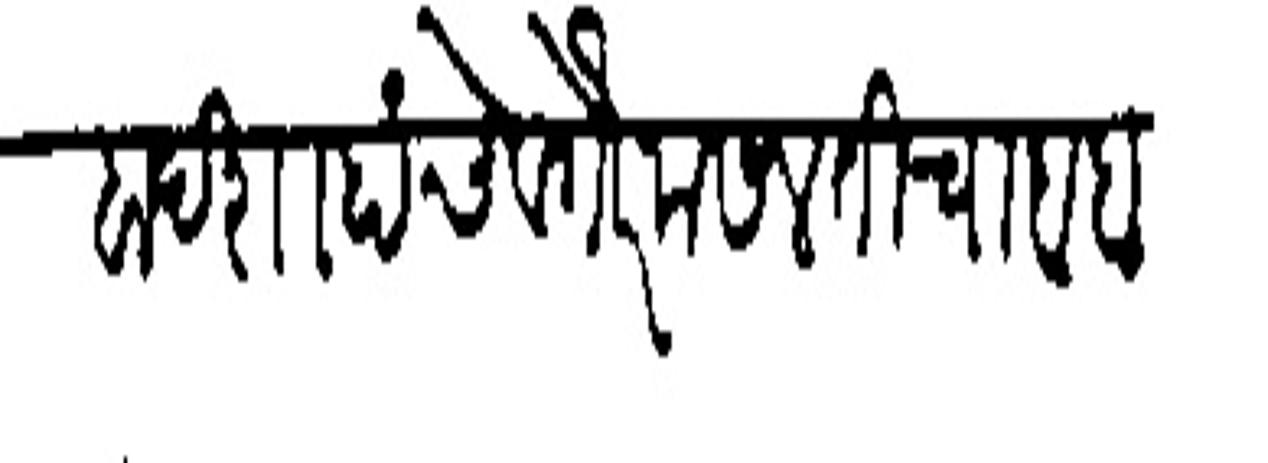
Transliteration (Devanagari): बादशाहाचि वगैरे मसलतीचा व बंदोबस्ताचा